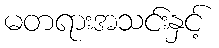
မတရားအသင်းနှင့်